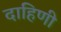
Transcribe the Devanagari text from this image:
दाहिणी